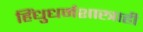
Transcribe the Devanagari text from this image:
हिंधुधर्मशास्त्राही